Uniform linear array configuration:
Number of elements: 8
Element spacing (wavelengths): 0.25
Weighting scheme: binomial
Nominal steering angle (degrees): -15
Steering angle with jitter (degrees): -15.723
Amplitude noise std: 0.05
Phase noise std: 0.05

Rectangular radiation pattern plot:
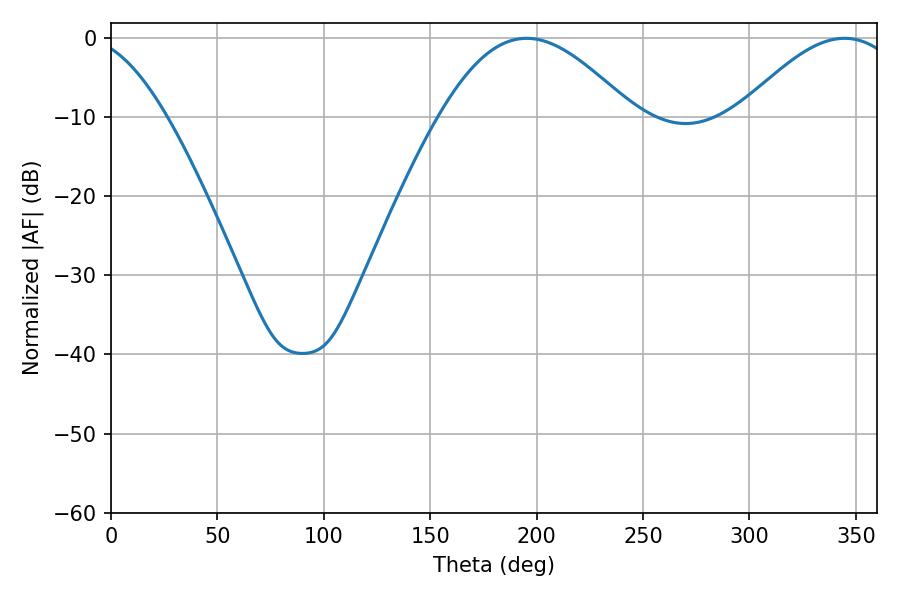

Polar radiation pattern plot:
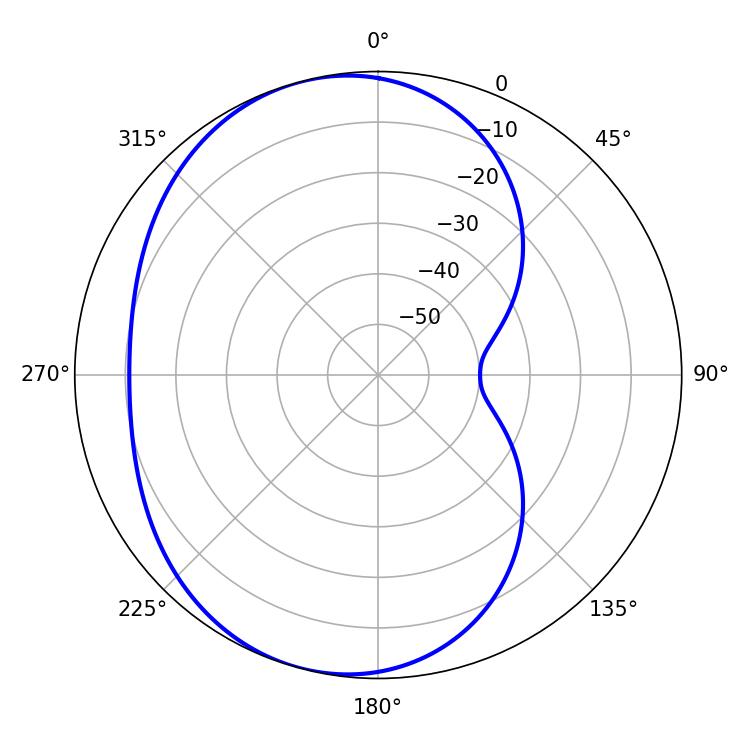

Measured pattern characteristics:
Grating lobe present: FALSE
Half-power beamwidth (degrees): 48.78
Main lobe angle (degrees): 195.3